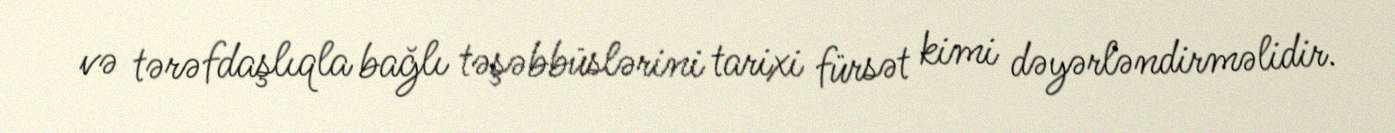
və tərəfdaşlıqla bağlı təşəbbüslərini tarixi fürsət kimi dəyərləndirməlidir.